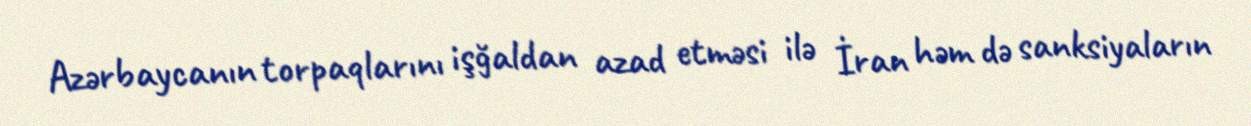
Azərbaycanın torpaqlarını işğaldan azad etməsi ilə İran həm də sanksiyaların